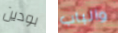
بودين والباب